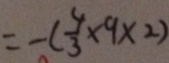
= - ( \frac { 4 } { 3 } \times 9 \times 2 )